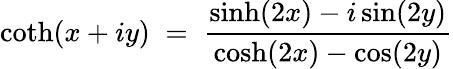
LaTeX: \coth(x+iy)\; =\; \frac{\sinh(2x)-i\sin(2y)}{\cosh(2x)-\cos(2y)}